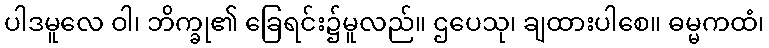
ပါဒမူလေ ဝါ၊ ဘိက္ခု၏ ခြေရင်း၌မူလည်။ ဌပေသု၊ ချထားပါစေ။ ဓမ္မကထံ၊